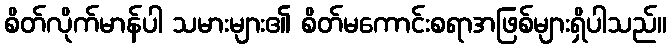
စိတ်လိုက်မာန်ပါ သမားများ၏ စိတ်မကောင်းစရာအဖြစ်များရှိပါသည်။